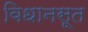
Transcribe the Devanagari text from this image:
विधानसूत